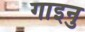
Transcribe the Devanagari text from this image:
गाइनु